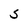
Character: S